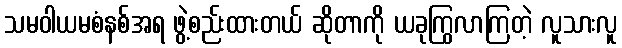
သမဝါယမစံနစ်အရ ဖွဲ့စည်းထားတယ် ဆိုတာကို ယခုကြွလာကြတဲ့ လူသားလူ